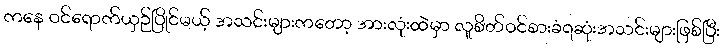
ကနေ ဝင်ရောက်ယှဉ်ပြိုင်မယ့် အသင်းများကတော့ အားလုံးထဲမှာ လူစိတ်ဝင်စားခံရဆုံးအသင်းများဖြစ်ပြီး